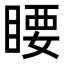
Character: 䁏